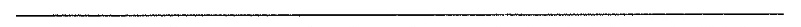
___